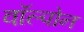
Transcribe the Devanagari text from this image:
वॉल्पोन